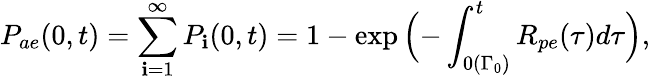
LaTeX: P_{ae}(0,t)=\sum_{\mathbf{i}=1}^{\infty}P_{\mathbf{i}}(0,t)=1-\exp{\Bigl(-\int_{0(\Gamma_{0})}^{t}R_{pe}(\tau)d\tau\Bigr)},